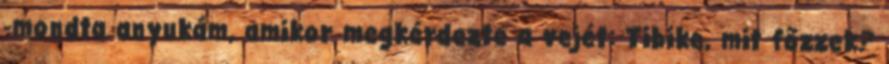
-mondta anyukám, amikor megkérdezte a vejét: Tibike, mit főzzek?